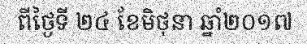
ពីថ្ងៃទី ២៤ ខែមិថុនា ឆ្នាំ២០១៧